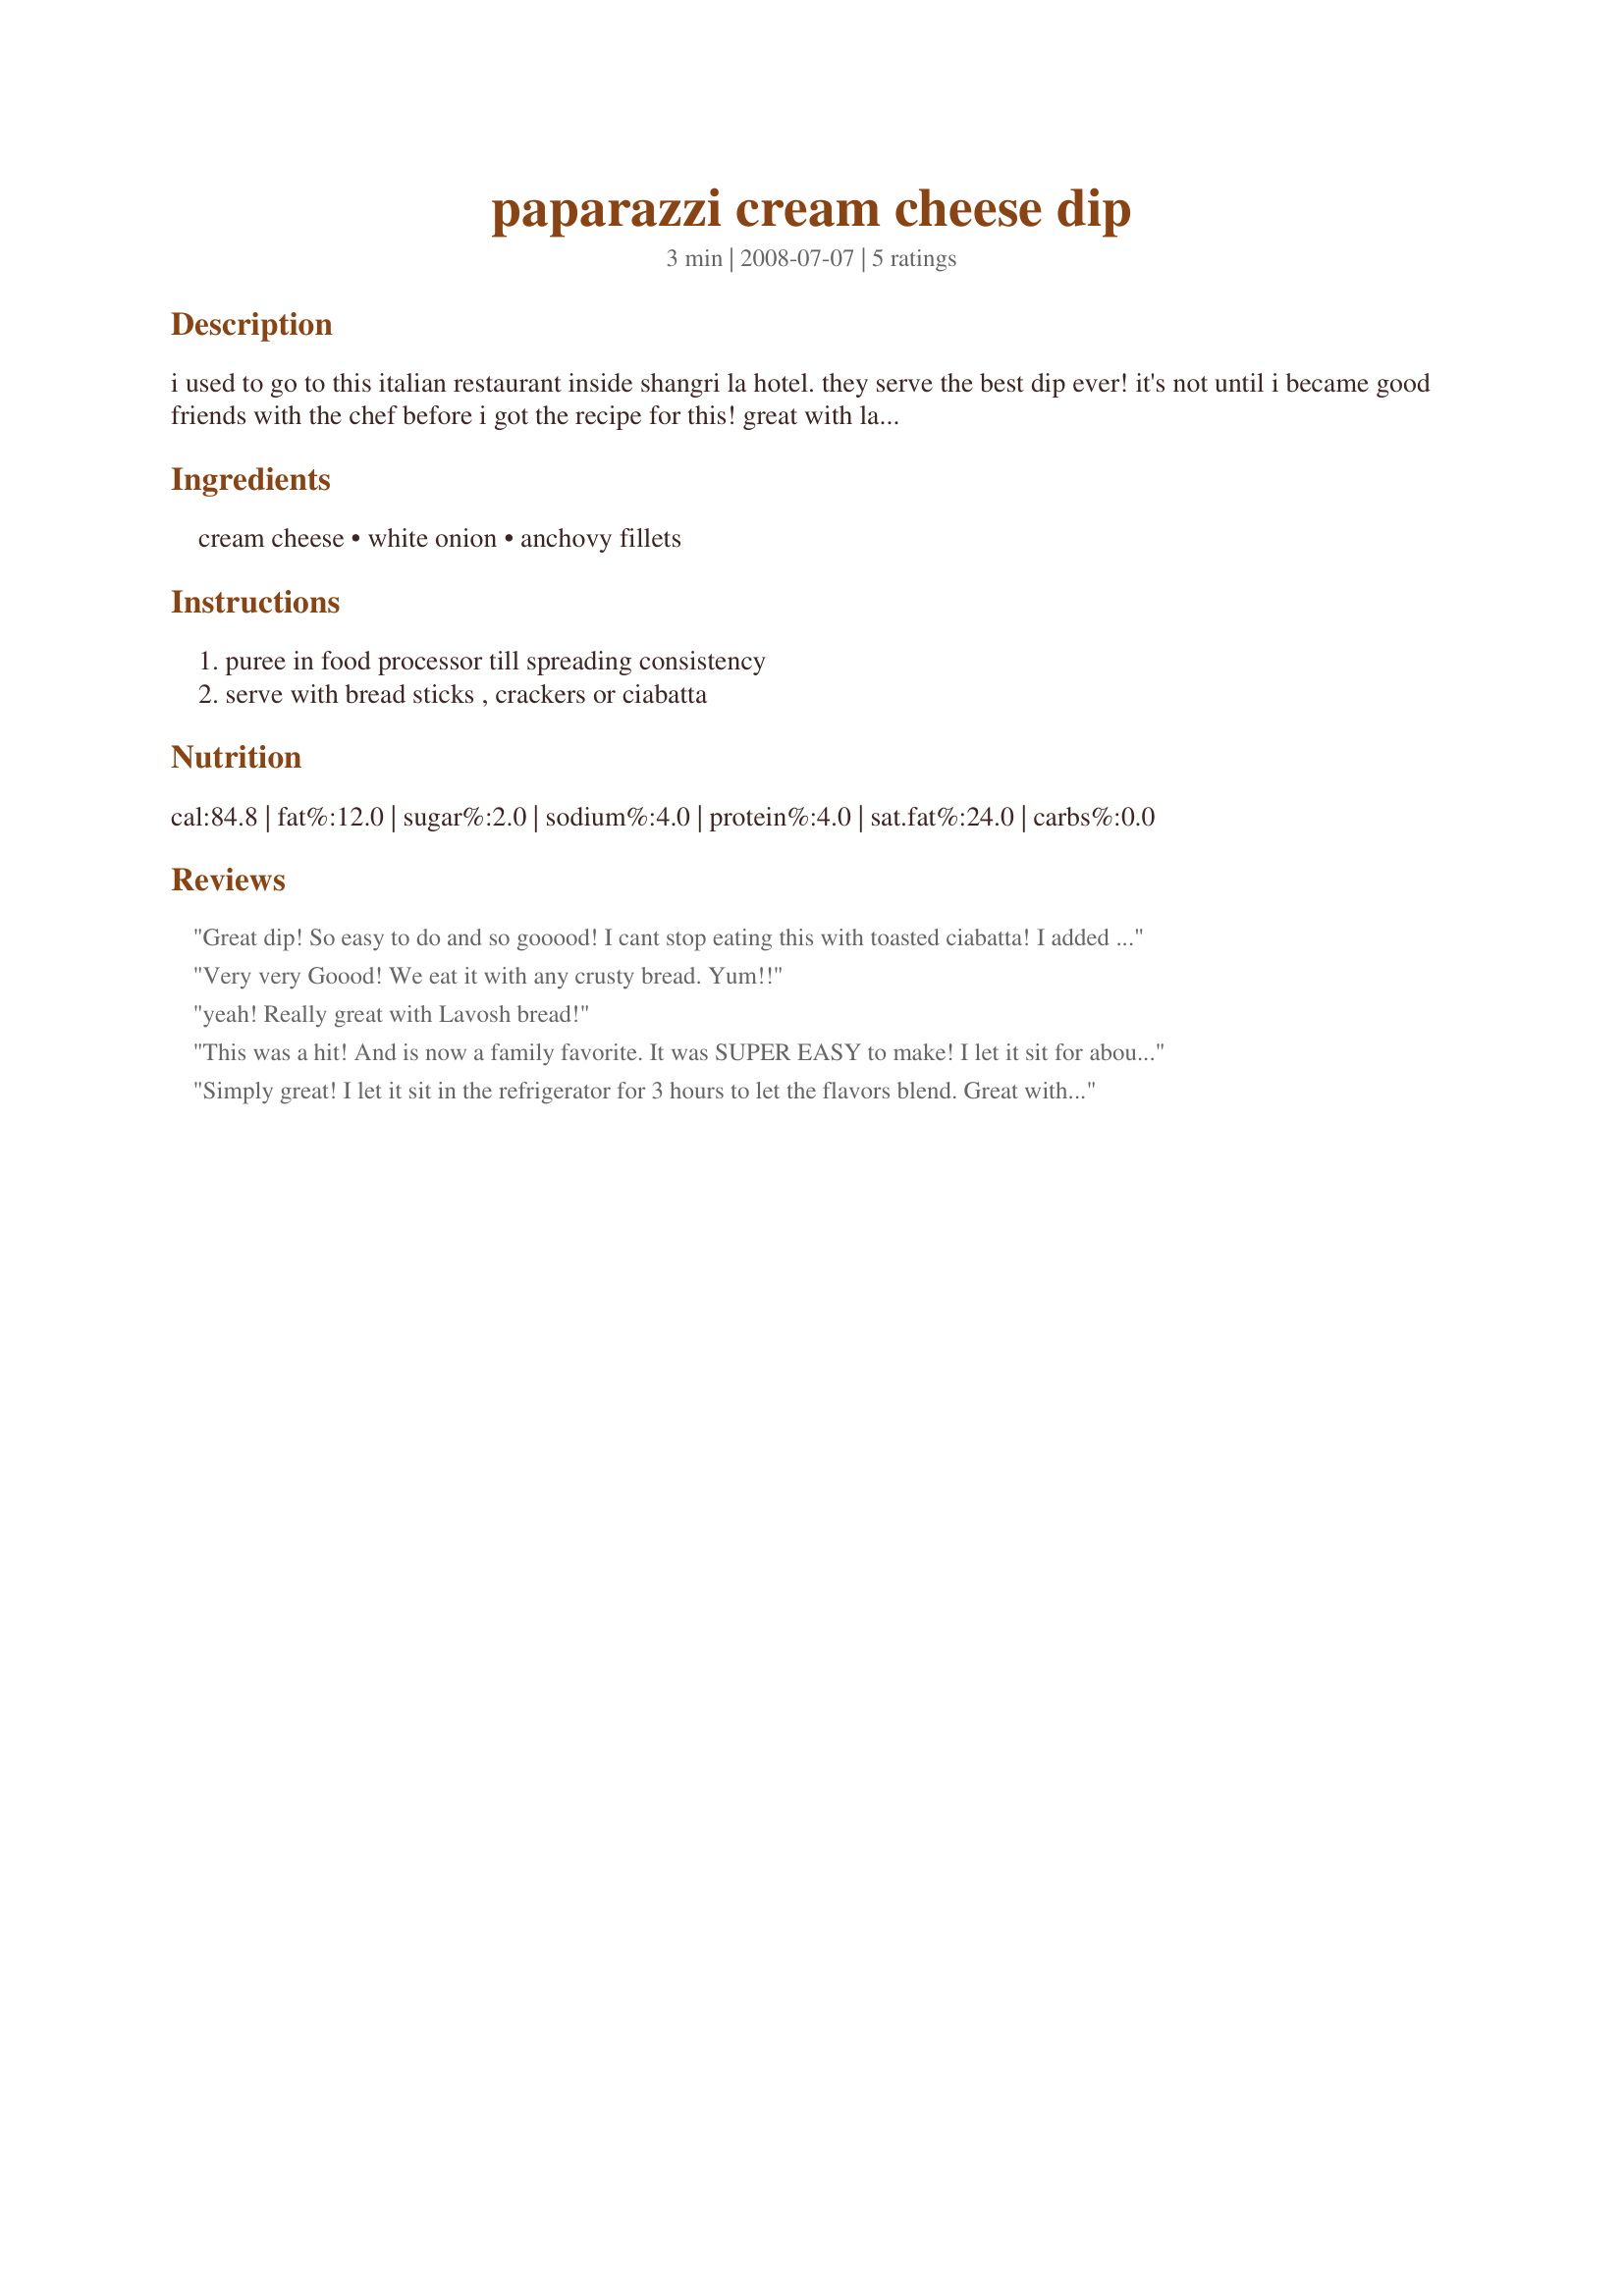
paparazzi cream cheese dip
Preparation time: 3 minutes

i used to go to this italian restaurant inside shangri la hotel. they serve the best dip ever! it's not until i became good friends with the chef before i got the recipe for this! great with labosh flat bread or any bread for that matter. simple to make too. the secret ingredient is anchovy but you wouldn't taste it, i promise!

Ingredients:
cream cheese, white onion, anchovy fillets

Steps:
puree in food processor till spreading consistency, serve with bread sticks , crackers or ciabatta

Reviews:
Great dip! So easy to do and so gooood! I cant stop eating this with toasted ciabatta! I added 1 more fillet of anchovy (personal preference) Yum! tnx for posting!
Very very Goood! We eat it with any crusty bread. Yum!!
yeah! Really great with Lavosh bread!
This was a hit! And is now a family favorite. It was SUPER EASY to make! I let it sit for about 3 hours before serving, everyone loved it. Thank you! Thank you!
Simply great! I let it sit in the refrigerator for 3 hours to let the flavors blend. Great with sourdough bread! Divine!
